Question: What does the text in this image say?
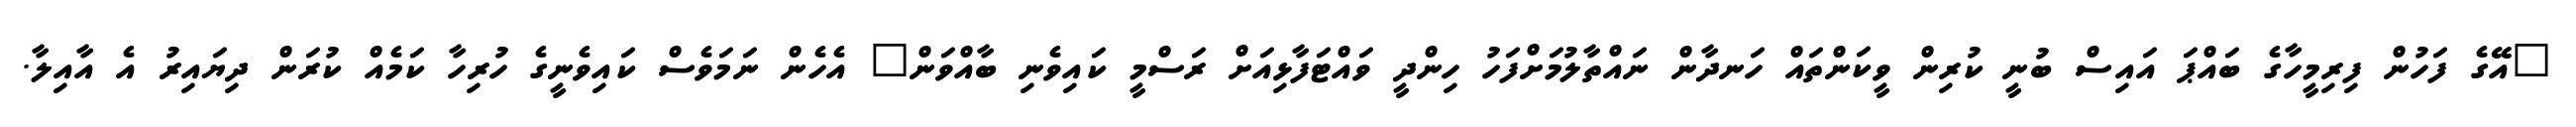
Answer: "އޭގެ ފަހުން ފިރިމީހާގެ ބައްޕަ އައިސް ބުނީ ކުރިން ވީކަންތައް ހަނދާން ނައްތާލުމަށްފަހު ހިންދީ ވައްޓަފާޅިއަށް ރަސްމީ ކައިވެނި ބާއްވަން" އެހެން ނަމަވެސް ކައިވެނީގެ ހުރިހާ ކަމެއް ކުރަން ދިޔައިރު އެ އާއިލާ.